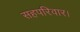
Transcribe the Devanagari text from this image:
सहपरिवार।